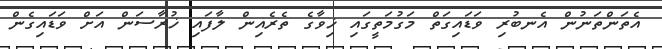
އެތަންތަނުން އެނބުރި ވަޑައިގަތް މަގުމަތީގައި ޚިވާގެ ތެރެއިން ލާފައި ޚުރާސަން އަށް ވަޑައިގެން